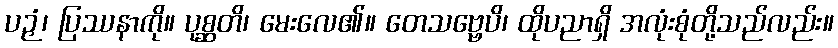
ပဉှံ၊ ပြဿနာကို။ ပုစ္ဆတိ၊ မေးလေ၏။ တေသဗ္ဗေပိ၊ ထိုပညာရှိ အလုံးစုံတို့သည်လည်း။